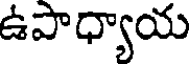
ఉపాధ్యాయ